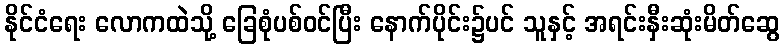
နိုင်ငံရေး လောကထဲသို့ ခြေစုံပစ်ဝင်ပြီး နောက်ပိုင်း၌ပင် သူနှင့် အရင်းနှီးဆုံးမိတ်ဆွေ